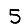
Digit: 5